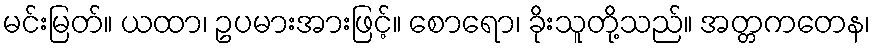
မင်းမြတ်။ ယထာ၊ ဥပမားအားဖြင့်။ စောရော၊ ခိုးသူတို့သည်။ အတ္တကတေန၊